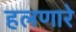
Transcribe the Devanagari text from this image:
हलणारे